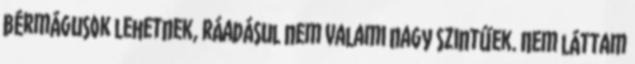
bérmágusok lehetnek, ráadásul nem valami nagy szintűek. Nem láttam